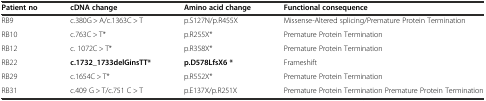
| Patient no | cDNA change | Amino acid change | Functional consequence |
 | --- | --- | --- | --- |
 | RB9 | c.380G > A/c.1363C > T | p.S127N/p.R455X | Missense-Altered splicing/Premature Protein Termination |
 | RB10 | c.763C > T* | p.R255X* | Premature Protein Termination |
 | RB12 | c. 1072C > T* | p.R358X* | Premature Protein Termination |
 | RB22 | c.1732_1733delGinsTT* | p.D578LfsX6 * | Frameshift |
 | RB29 | c.1654C > T* | p.R552X* | Premature Protein Termination |
 | RB31 | c.409 G > T/c.751 C > T | p.E137X/p.R251X | Premature Protein Termination Premature Protein Termination |